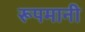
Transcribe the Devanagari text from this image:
रूपमानी